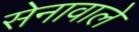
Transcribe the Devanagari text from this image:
सेनावाले